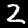
Label: 2